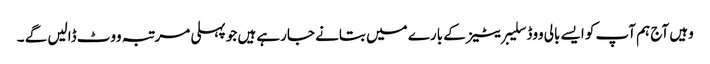
وہیں آج ہم آپ کو ایسے بالی ووڈ سلیبریٹیز کے بارے میں بتانے جارہے ہیں جو پہلی مرتبہ ووٹ ڈالیں گے ۔